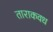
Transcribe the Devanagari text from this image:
ताराकवध